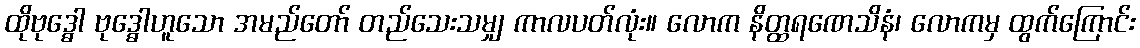
ထိုဗုဒ္ဓေါ ဗုဒ္ဓေါဟူသော အမည်တော် တည်သေးသမျှ ကာလပတ်လုံး။ လောက နိတ္ထရဏေသိနံ၊ လောကမှ ထွက်ကြောင်း